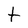
Character: t